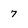
Character: 7